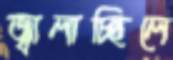
জ্বালাচ্ছিলে